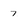
Character: 7